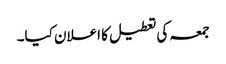
جمعہ کی تعطیل کا اعلان کیا۔